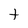
Character: t